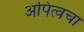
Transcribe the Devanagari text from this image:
अपित्वचा